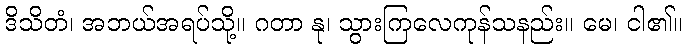
ဒိသိတံ၊ အဘယ်အရပ်သို့။ ဂတာ နု၊ သွားကြလေကုန်သနည်း။ မေ၊ ငါ၏။